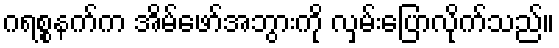
ဂရစ္စနက်က အိမ်ဖော်အဘွားကို လှမ်းပြောလိုက်သည်။